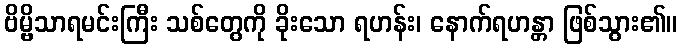
ဗိမ္ဗိသာရမင်းကြီး သစ်တွေကို ခိုးသော ရဟန်း၊ နောက်ရဟန္တာ ဖြစ်သွား၏။